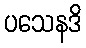
ပသေနဒိ